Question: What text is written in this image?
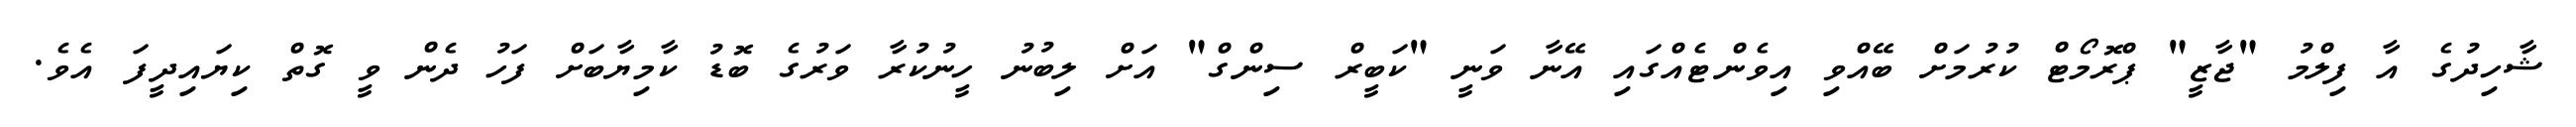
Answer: ޝާހިދުގެ އާ ފިލްމު "ޖާޒީ" ޕްރޮމޯޓް ކުރުމަށް ބޭއްވި އިވެންޓެއްގައި އޭނާ ވަނީ "ކަބީރް ސިންގް" އަށް ލިބުނު ހީނުކުރާ ވަރުގެ ބޮޑު ކާމިޔާބަށް ފަހު ދެން ވީ ގޮތް ކިޔައިދީފަ އެވެ.